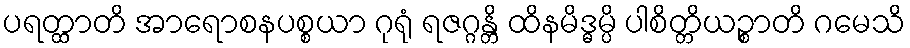
ပရတ္ထာတိ အာရောစနပစ္စယာ ဂုရုံ ရဇဂ္ဂန္တိ ထိနမိဒ္ဓမ္ပိ ပါစိတ္တိယဉ္စာတိ ဂမေသိ